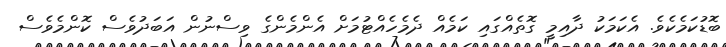
ބޮޑުކަމެކެވެ. އެކަމަކު ދާއިމީ ގޮތެއްގައި ކަމެއް ދެމެހެއްޓުމަށް އެންމެންގެ ވިސްނުން އަބަދުވެސް ކޮންމެވެސް